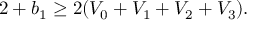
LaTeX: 2 + b _ { 1 } \geq 2 ( V _ { 0 } + V _ { 1 } + V _ { 2 } + V _ { 3 } ) .